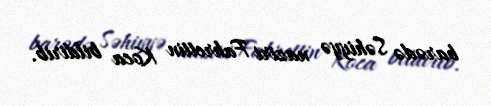
barədə Səhiyyə naziri Fahrettin Koca bildirib.